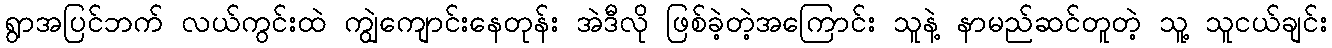
ရွာအပြင်ဘက် လယ်ကွင်းထဲ ကျွဲကျောင်းနေတုန်း အဲဒီလို ဖြစ်ခဲ့တဲ့အကြောင်း သူနဲ့ နာမည်ဆင်တူတဲ့ သူ့ သူငယ်ချင်း